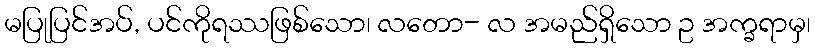
မပြုပြင်အပ်, ပင်ကိုရဿဖြစ်သော၊ လတော- လ အမည်ရှိသော ဥ အက္ခရာမှ၊